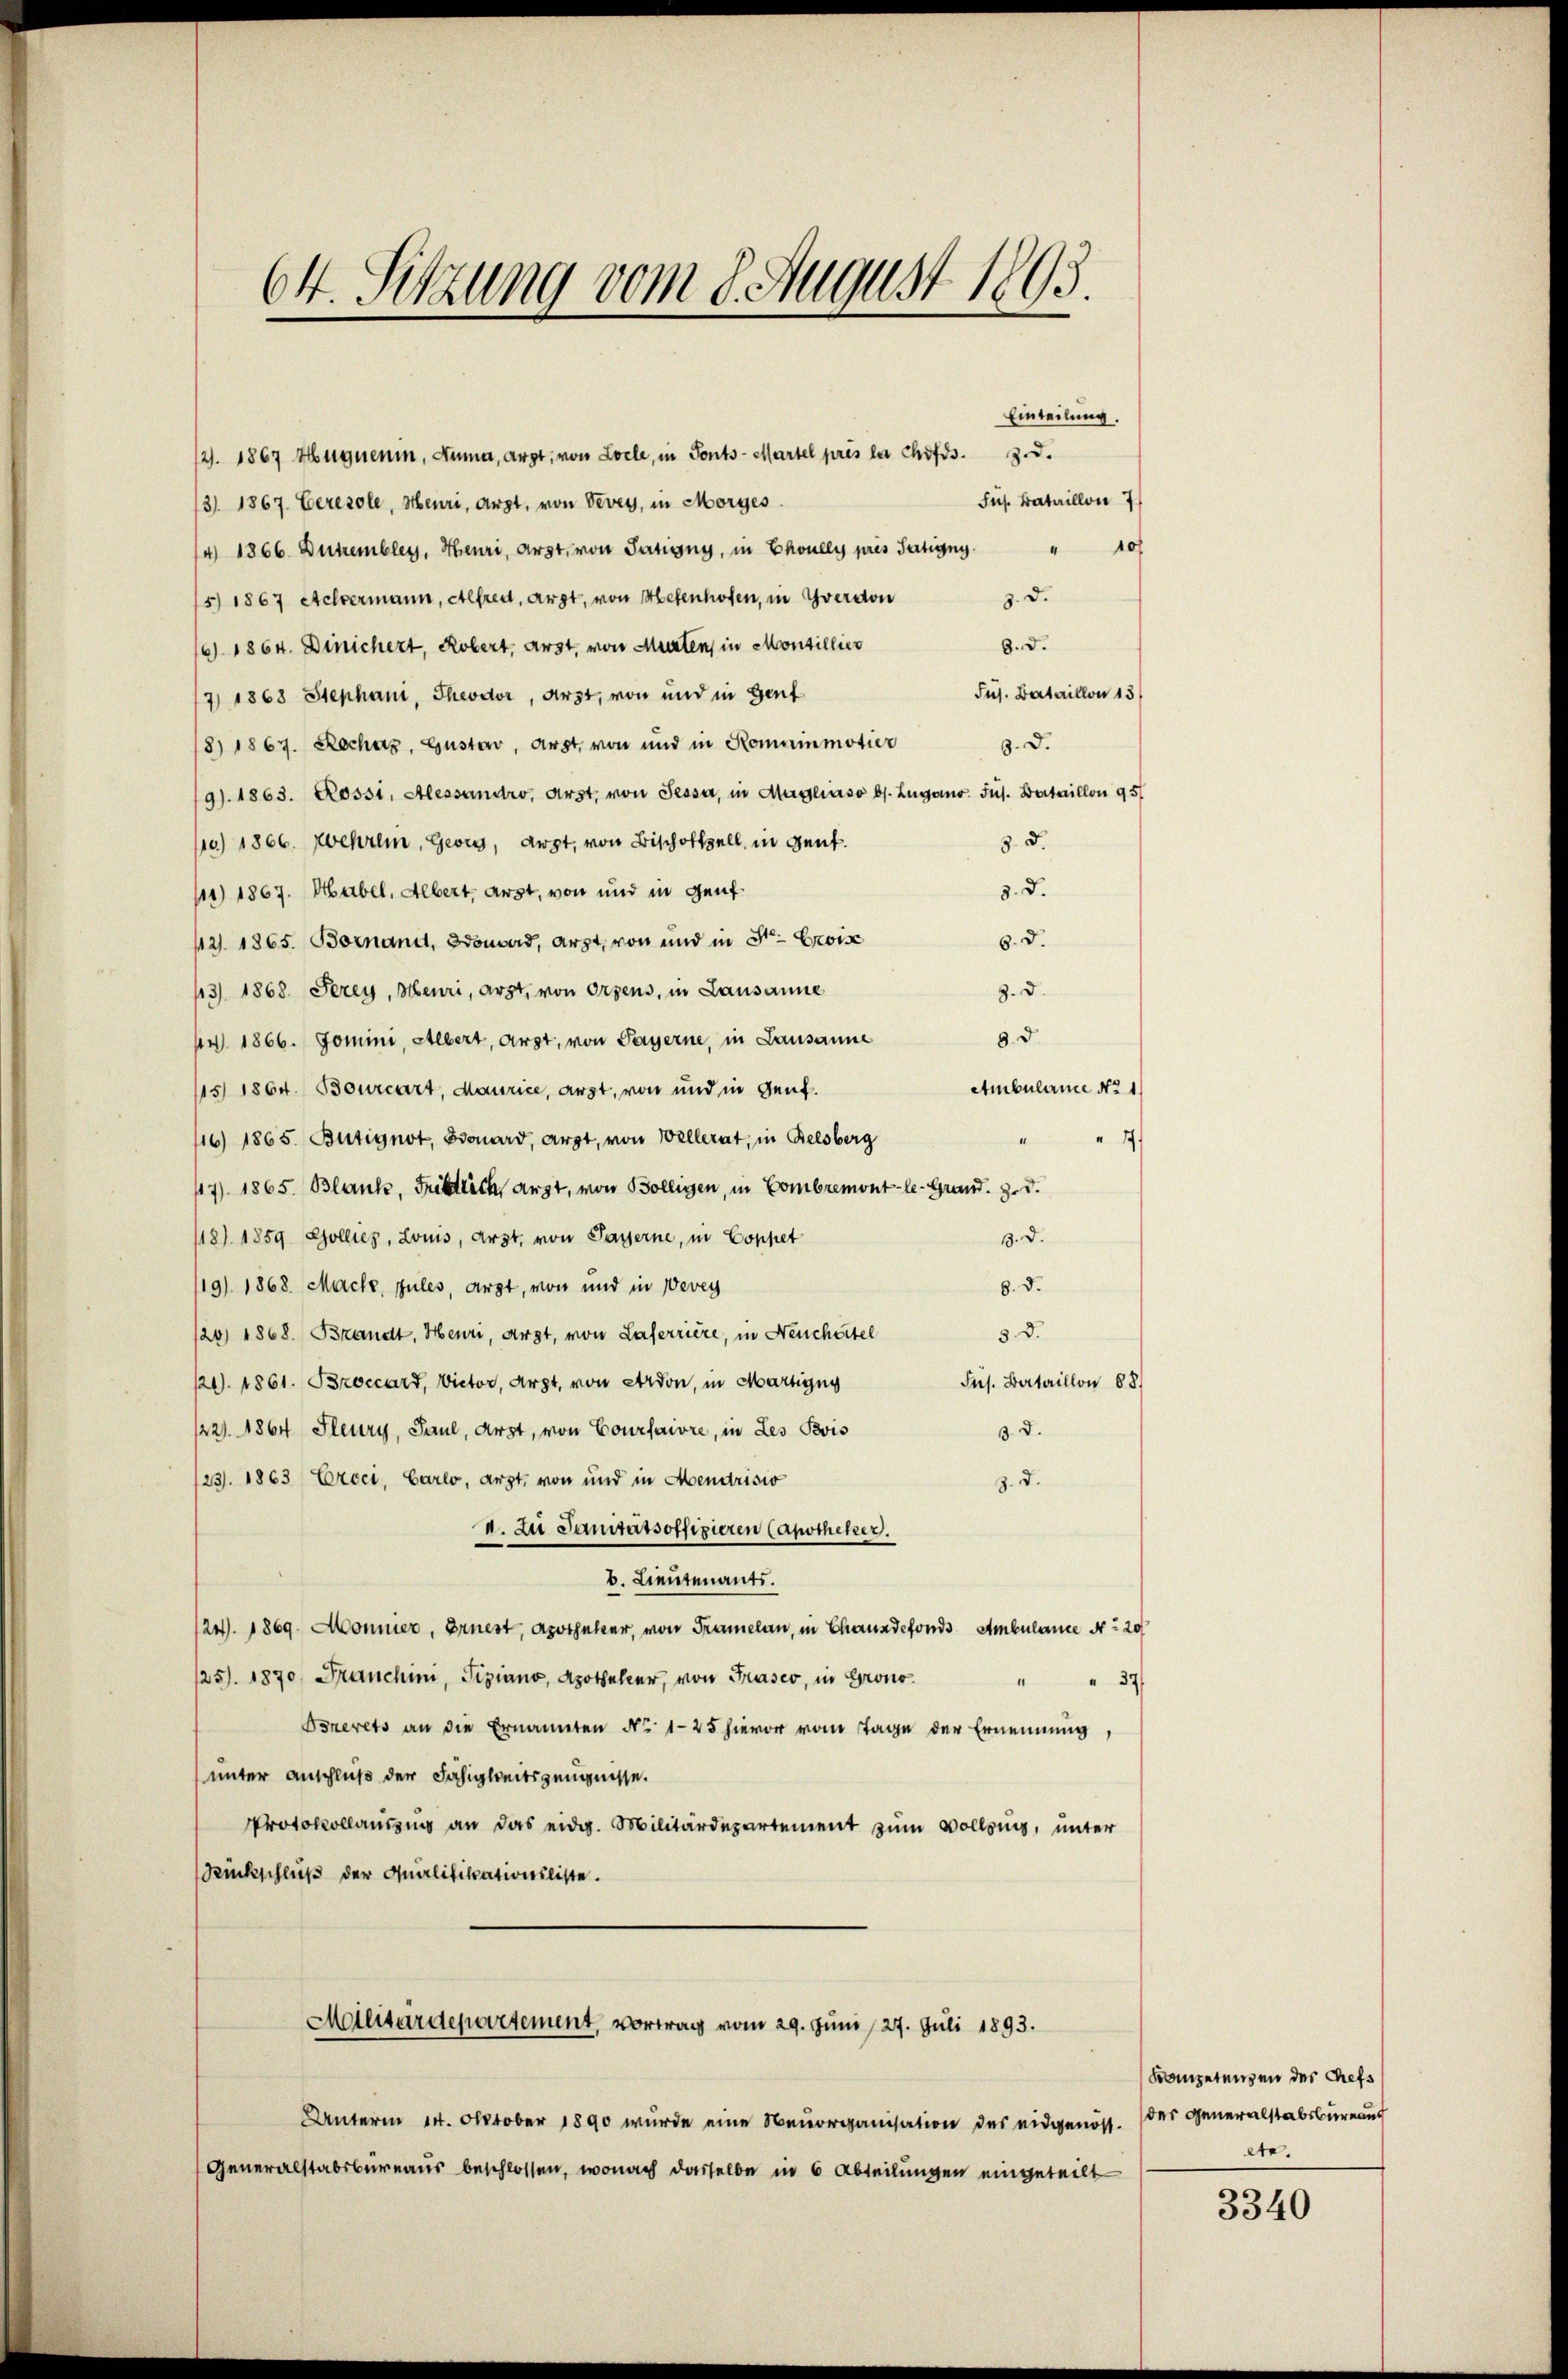
64. Sitzung vom 8. August 1893.

12. 1867 Hüguenin, Auma, arzt, von Loele, in Fonts-Martel près la chofs. 3. d.
/3 1867. Ceresole, Meuri, Arzt, von Vevey, in Morges.
/4 1866 Dutzembler, Heuri, Arzt, von Partigny, in Choully près Tätigny. " 10f
5) 1867 Achermann, Alfred, Arzt, von Mesenhofen, in Yverdon
3. d.
8. d.
16). 1864. Dinichert, Robert, arst, von Murten, in Monsillier
Jus. Bataillon 13
17 1868 Stephani, Theodor, Arzt, von und in Gent
18) 1867. Rechaz, Gustav, Arzt, von und in Romainmotier
d. d.
19). 1863. Rossi, Alessandro, Arzt, von Sessa, in Magliaso bs. Lugano. Sus. Bataillon 95/
10) 1866. Wehrlin, Georg, Arzt, von Bischofzell, in Gent.
8. d.
d. d.
111) 1867. Habel, Albert, arst, von und in Genf.
6. d.
121. 1865. Bornand, donard, arzt, von und in Str. Brois
13). 1868. Jerey, Heuri, Arzt, von Ortens, in Lausanne
9. d.
8. d.
pr. 1866. Domini, Albert, arst, von Payerne, in Lausanne
Ambulane No 1
15) 1864. Bourcart, Maurice, arzt, von und in Genf.
116) 1865. Bütignot, Bonard, arzt, von Wellerat, in Belsberg
7.
17). 1865. Blank, Fristlich, Arzt, von Bolligen, in Combremont-le-Grand. Z. d.
18). 1859 Zollier, Louis, Arzt, von Payerne, in Coppet
3. d.
119). 1868. Mache, zules, Arzt, von und in Vevey
8. d.
120, 1868. Brandt, Heuri, Arzt, von Laferriere, in Neuchartel
58.
121. 1861. Broccard, Victor, Arzt, von Erdon, in Martigny
Sus. Bataillon 88.
/221. 1864 Sleury, Paul, Arzt, von Courfaire, in Les Pois
3. d.
23. 1863 Croci, Carlo, Arzt, von und in Mendrisio
3. d.
I. Zu Sanitätsoffizieren (apotheker.
b. Lieutenants.
124. 1869. Monnier, Ernest, Apotheker, von Tramelan, in Chauxdefonds Ambulance Nr. 20
125. 1870, Franchini, Tiziano, Apotheker, von Präses, in Grono¬
“
 37
Bonerets an die Ernannten No 1-25 hievor vom Tage der Ernennung,
unter Anschluß der Fähigkeitszeugnisse.
Protokollauszug an das eidg. Militärdepartement zum Volling, unter
Rückschluß der Qualifikationsliste.
Molitärdepartement, vortrag vom 29. Juni /27. Juli 1893.
Unterm 14. Oktober 1890 wurde eine Neuorganisation des eidgenöss. der Generalstabsbureauf
Generalstabsbureaus beschlossen, wonach dasselbe in 6 Abteilungen eingeteilt

Einteilung.
Sus. Bataillon 7

Konzetenzen der Chefs
ete.

3340